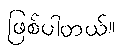
ဖြစ်ပါတယ်။